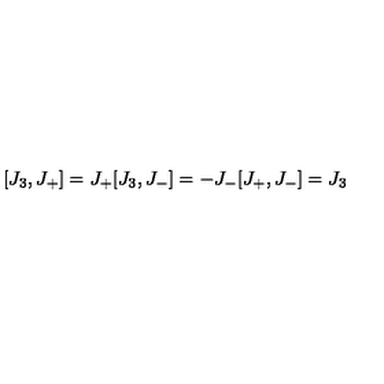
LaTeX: [ J _ { 3 } , J _ { + } ] = J _ { + } [ J _ { 3 } , J _ { - } ] = - J _ { - } [ J _ { + } , J _ { - } ] = J _ { 3 }